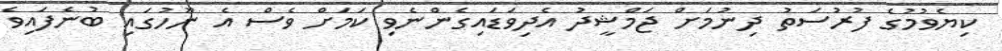
ކިޔެވުމުގެ ފުރުސަތު ދިނުމަށް ޖަމްޝީދު އެދިވަޑައިގެންނެވި ކަމަށް ވެސް އެ ނޫހުގައި ބުނެފައިވެ